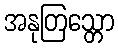
အနုတြသ္တော